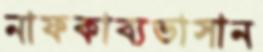
নাফকাব্যভাসান